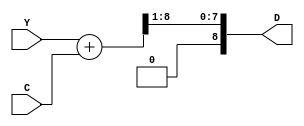
module AVG(Y,
           C,
           D,
           );
    input [8:0] Y;
    input [1:0] C;
    output [8:0] D;
    
    assign D = (Y+C)>>1;
endmodule